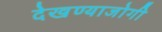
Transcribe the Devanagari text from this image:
देखण्याजोगी